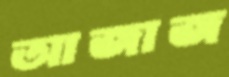
আজাজ